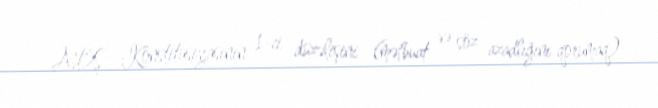
ABŞ Konstitusiyasının 1-ci düzəlişini (mətbuat və söz azadlığını qorumaq)